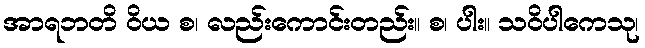
အာရဘတိ ဝိယ စ၊ လည်းကောင်းတည်း။ စ၊ ပါး။ သဝိပါကေသု၊